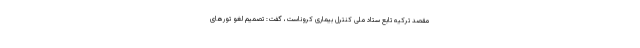
مقصد ترکیه تابع ستاد ملی کنترل بیماری کروناست، گفت: تصمیم لغو تورهای